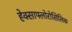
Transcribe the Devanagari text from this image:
हेक्साफ्लोरोसिलिक